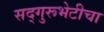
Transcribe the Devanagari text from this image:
सद्गुरूभेटीचा